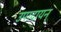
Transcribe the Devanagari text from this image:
उपादायन्